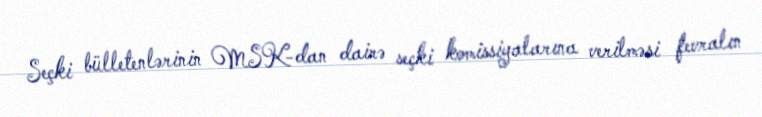
Seçki bülletenlərinin MSK-dan dairə seçki komissiyalarına verilməsi fevralın